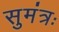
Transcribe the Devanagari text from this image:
सुमंत्रः